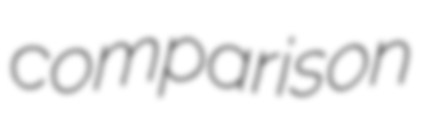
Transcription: comparison